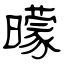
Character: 曚